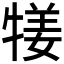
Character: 𤚖